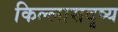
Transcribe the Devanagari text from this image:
किल्लासदृष्य